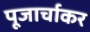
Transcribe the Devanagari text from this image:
पूजार्चाकर